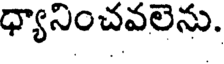
ధ్యానించవలెను.